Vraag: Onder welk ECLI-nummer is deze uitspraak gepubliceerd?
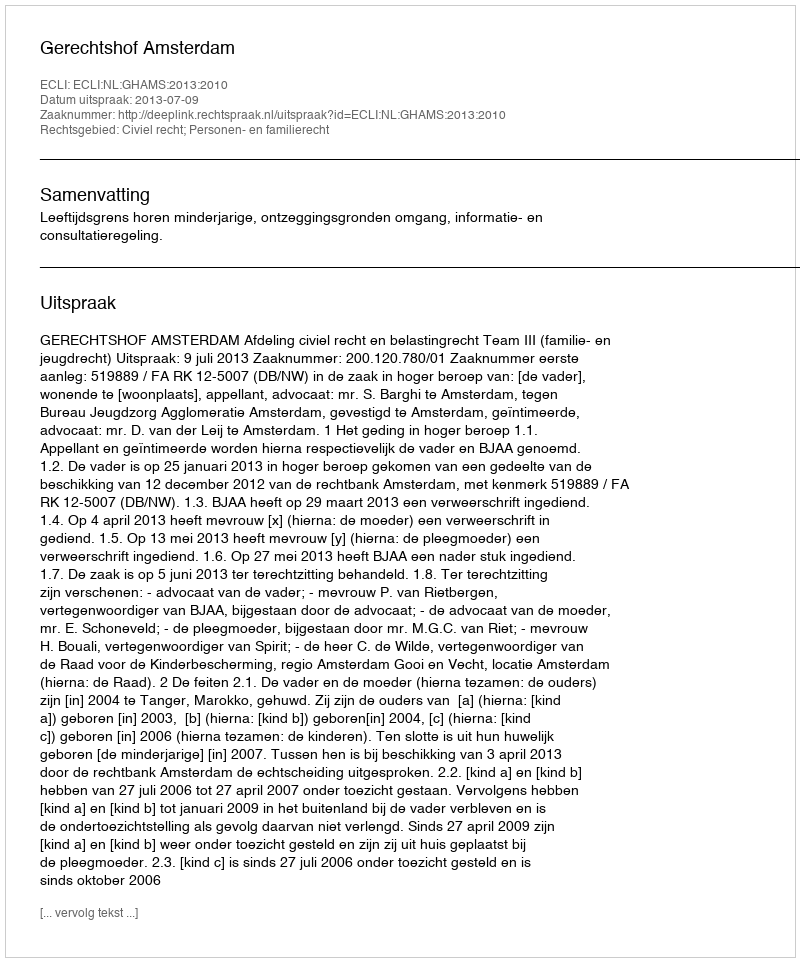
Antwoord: ECLI:NL:GHAMS:2013:2010